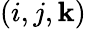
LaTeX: (i,j,\mathbf{k})